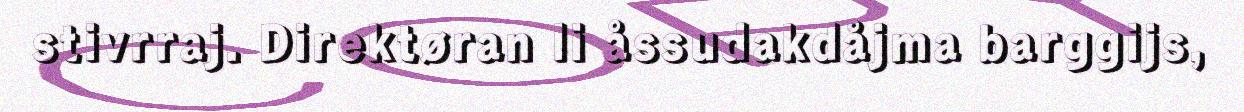
stivrraj. Direktøran li åssudakdåjma barggijs,